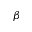
\beta